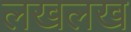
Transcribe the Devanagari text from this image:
लखलख